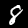
Label: 8